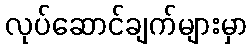
လုပ်ဆောင်ချက်များမှာ